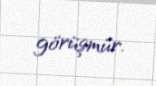
görüşmür.